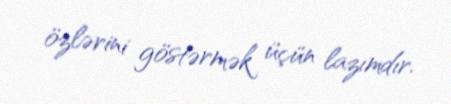
özlərini göstərmək üçün lazımdır.